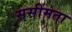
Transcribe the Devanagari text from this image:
ससीमता